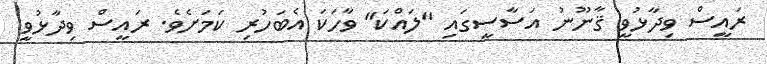
ރައީސް ވިދާޅުވީ ޤާނޫނު އަސާސީގައި "ލައްކަ" ވާހަކަ އެބަހުރި ކަމަށެވެ. ރައީސް ވިދާޅުވީ